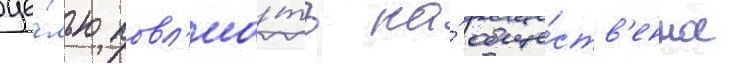
це́лью повл'иа́ть на́ обще́ств'енное